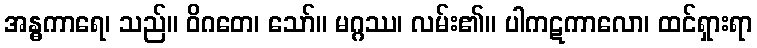
အန္ဓကာရေ၊ သည်။ ဝိဂတေ၊ သော်။ မဂ္ဂဿ၊ လမ်း၏။ ပါကဋကာလော၊ ထင်ရှားရာ